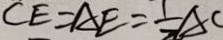
C E = A E = \frac { 1 } { 2 } A C